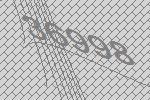
36998